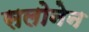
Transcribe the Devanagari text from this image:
सलोनेन